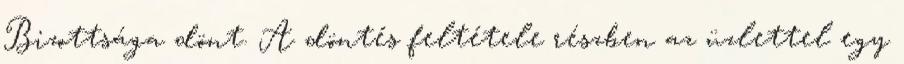
Bizottsága dönt. A döntés feltétele részben az üzlettel egy